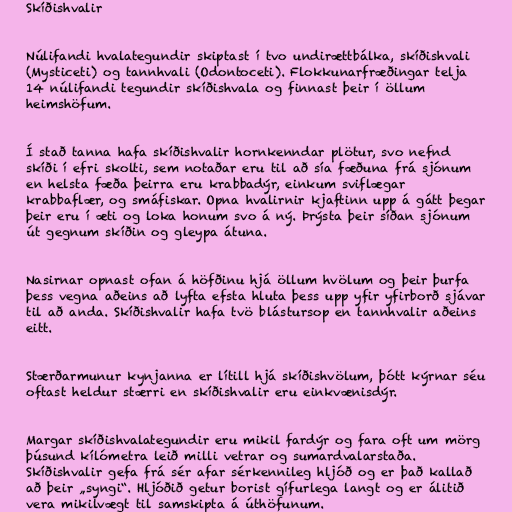
Skíðishvalir

Núlifandi hvalategundir skiptast í tvo undirættbálka, skíðishvali
(Mysticeti) og tannhvali (Odontoceti). Flokkunarfræðingar telja
14 núlifandi tegundir skíðishvala og finnast þeir í öllum
heimshöfum.

Í stað tanna hafa skíðishvalir hornkenndar plötur, svo nefnd
skíði í efri skolti, sem notaðar eru til að sía fæðuna frá sjónum
en helsta fæða þeirra eru krabbadýr, einkum sviflægar
krabbaflær, og smáfiskar. Opna hvalirnir kjaftinn upp á gátt þegar
þeir eru í æti og loka honum svo á ný. Þrýsta þeir síðan sjónum
út gegnum skíðin og gleypa átuna.

Nasirnar opnast ofan á höfðinu hjá öllum hvölum og þeir þurfa
þess vegna aðeins að lyfta efsta hluta þess upp yfir yfirborð sjávar
til að anda. Skíðishvalir hafa tvö blástursop en tannhvalir aðeins
eitt.

Stærðarmunur kynjanna er lítill hjá skíðishvölum, þótt kýrnar séu
oftast heldur stærri en skíðishvalir eru einkvænisdýr.

Margar skíðishvalategundir eru mikil fardýr og fara oft um mörg
þúsund kílómetra leið milli vetrar og sumardvalarstaða.
Skíðishvalir gefa frá sér afar sérkennileg hljóð og er það kallað
að þeir „syngi“. Hljóðið getur borist gífurlega langt og er álitið
vera mikilvægt til samskipta á úthöfunum.